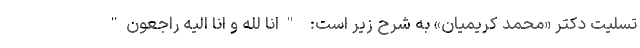
تسلیت دکتر «محمد کریمیان» به شرح زیر است:  "انا لله و انا الیه راجعون"